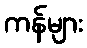
ကန်များ